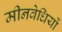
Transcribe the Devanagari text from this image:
मीनवेधियों